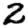
Digit: 2